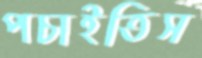
পচাইতিস